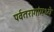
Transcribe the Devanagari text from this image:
पर्वतरागांमध्ये